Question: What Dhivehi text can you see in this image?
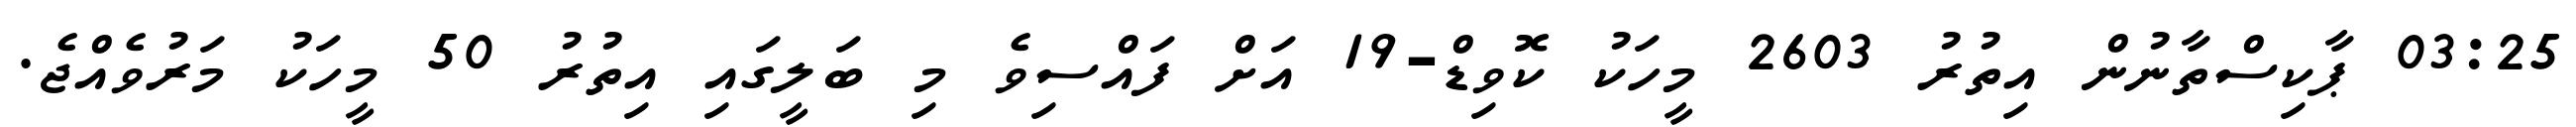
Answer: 03:25 ޕާކިސްތާނުން އިތުރު 2603 މީހަކު ކޮވިޑް-19 އަށް ފައްސިވެ މި ބަލީގައި އިތުރު 50 މީހަކު މަރުވެއްޖެ.